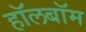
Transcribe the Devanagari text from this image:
हॉलबॉम